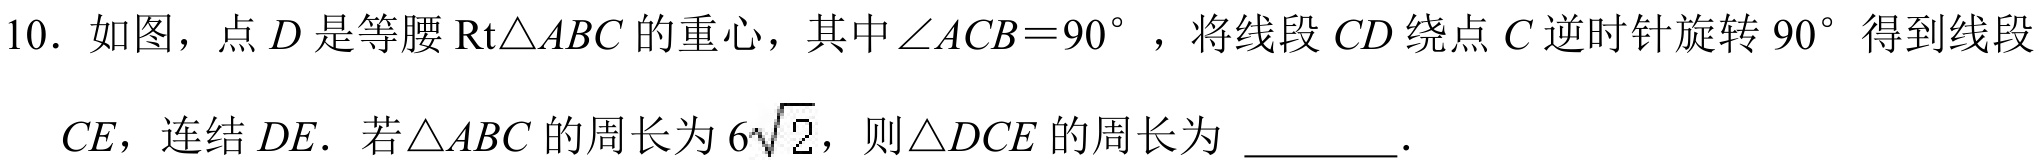
10. 如图，点\(D\)是等腰\(\text{Rt}\triangle ABC\)的重心，其中\(\angle ACB = 90^{\circ}\)，将线段\(CD\)绕点\(C\)逆时针旋转\(90^{\circ}\)得到线段\(CE\)，连结\(DE\)．若\(\triangle ABC\)的周长为\(6\sqrt{2}\)，则\(\triangle DCE\)的周长为 \_\_\_\_\_．